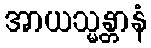
အာယသ္မန္တာနံ